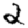
Digit: 2